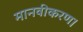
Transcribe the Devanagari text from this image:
मानवीकरण।